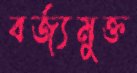
বর্জ্যমুক্ত